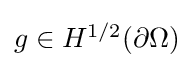
{\textstyle g\in H^{1/2}(\partial \Omega )}